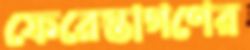
ফেরেস্তাগণের